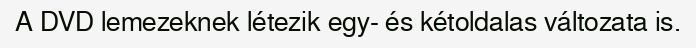
A DVD lemezeknek létezik egy- és kétoldalas változata is.